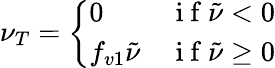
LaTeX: \nu_{T}=\left\{ \begin{array}{ll}{0}&{\mathrm{~i~f~}\tilde{\nu}<0}\\ {f_{v1}\tilde{\nu}}&{\mathrm{~i~f~}\tilde{\nu}\geq 0}\end{array}\right.